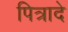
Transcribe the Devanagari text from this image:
पित्रादे